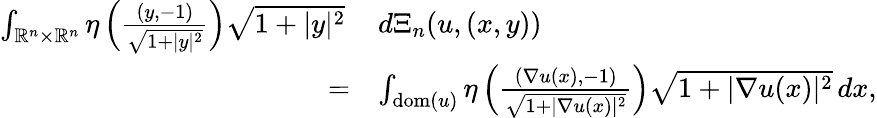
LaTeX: \begin{array}{rl}{\int_{\mathbb{R}^{n}\times\mathbb{R}^{n}}\eta\left(\frac{(y,-1)}{\sqrt{1+|y|^{2}}}\right)\sqrt{1+|y|^{2}}\, }&{d\Xi_{n}(u,(x,y))}\\ {=}&{\int_{\mathrm{dom}(u)}\eta\left(\frac{(\nabla u(x),-1)}{\sqrt{1+|\nabla u(x)|^{2}}}\right)\sqrt{1+|\nabla u(x)|^{2}}\, dx,}\end{array}